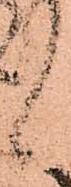
候